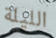
الليلة